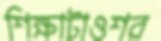
শিক্ষাটাওশর